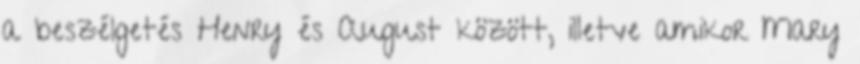
a beszélgetés Henry és August között, illetve amikor Mary